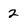
Character: 2